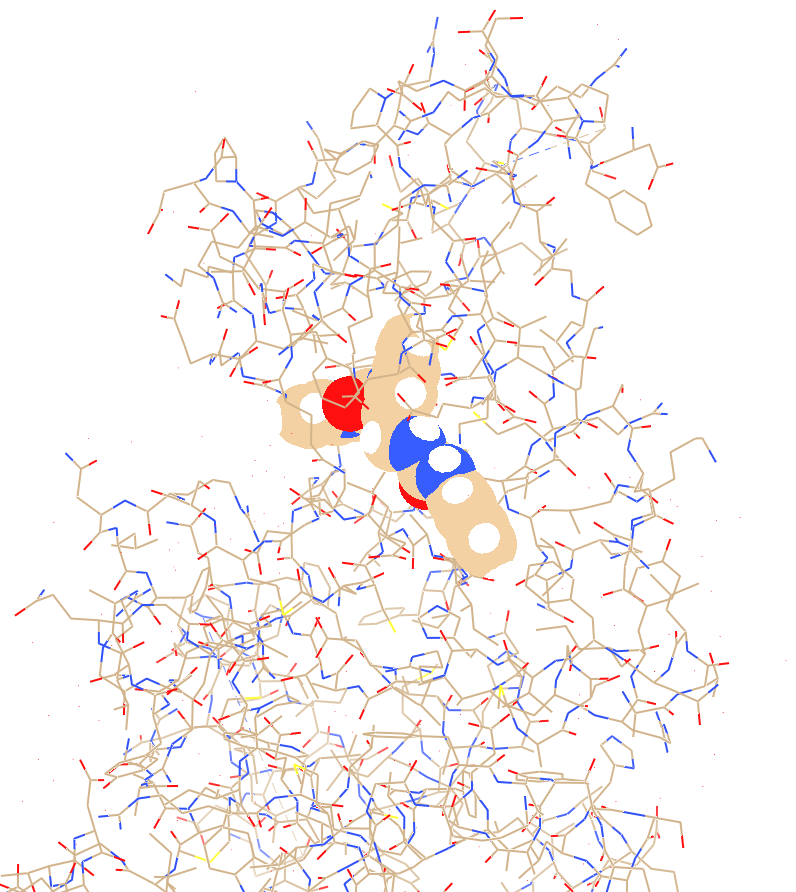
chimera, preset all atoms